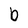
Character: b